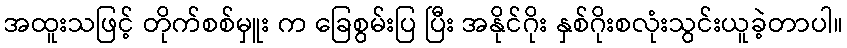
အထူးသဖြင့် တိုက်စစ်မှူး က ခြေစွမ်းပြ ပြီး အနိုင်ဂိုး နှစ်ဂိုးစလုံးသွင်းယူခဲ့တာပါ။